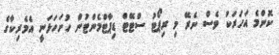
ކޮންމެ އަހަރަކު ވެސް ނެރޭ މި ރިޕޯޓު ސްޓޭޓް ޑިޕާޓްމެންޓުން ހުށަހަޅަނީ އެމެރިކާގެ